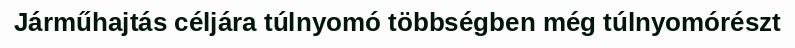
Járműhajtás céljára túlnyomó többségben még túlnyomórészt